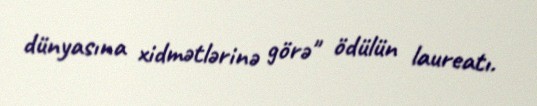
dünyasına xidmətlərinə görə" ödülün laureatı.